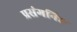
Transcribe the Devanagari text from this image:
प्रसंगनिष्ट